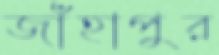
জাঁহাপুর